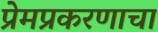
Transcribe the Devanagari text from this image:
प्रेमप्रकरणाचा